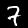
Digit: 7